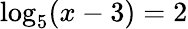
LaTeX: \log_{5}(x-3)=2